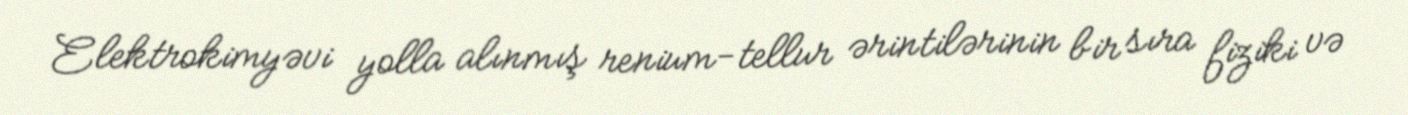
Elektrokimyəvi yolla alınmış renium-tellur ərintilərinin bir sıra fiziki və